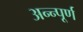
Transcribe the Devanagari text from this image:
अन्न्पूर्ण